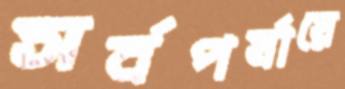
সর্বপর্যায়ে